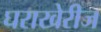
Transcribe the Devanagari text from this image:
घराखेरीज